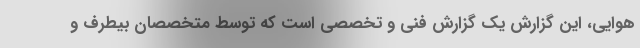
هوایی، این گزارش یک گزارش فنی و تخصصی است که توسط متخصصان بیطرف و